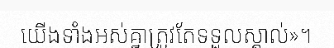
យើងទាំងអស់គ្នាត្រូវតែទទួលស្គាល់»។